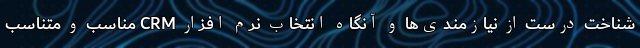
شناخت درست از نیازمندی‌ها و آنگاه انتخاب نرم افزار CRM مناسب و متناسب